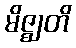
မိဇ္ဈတိ